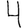
Digit: 4